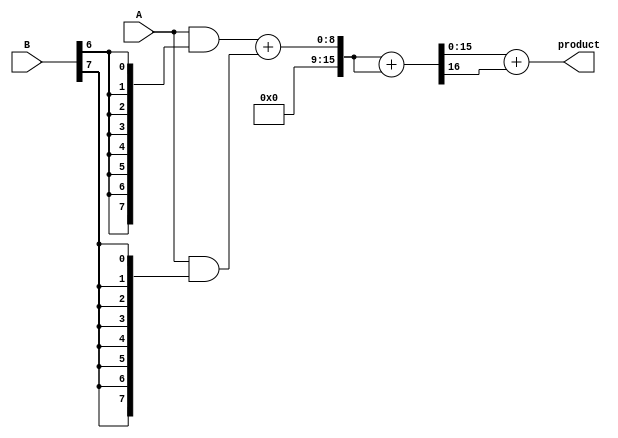
module wallace_tree_multiplier #(parameter N = 8) (
    input [N-1:0] A,
    input [N-1:0] B,
    output [2*N-1:0] product
);

    wire [N-1:0] pp[N-1:0]; // Partial products
    wire [2*N-1:0] sum[N-1:0]; // To hold sums at each stage
    wire [2*N-1:0] carry[N-1:0]; // To hold carries at each stage

    // Generate Partial Products
    genvar i, j;
    generate
        for (i = 0; i < N; i = i + 1) begin : pp_gen
            assign pp[i] = A & {N{B[i]}};
        end
    endgenerate

    // Reduction Stages
    // Stage 1: Grouping into sets of three and using adders
    generate
        for (i = 0; i < N; i = i + 1) begin : reduction_stage1
            if (i % 3 == 0) begin
                // Use half adders and full adders to reduce
                if (i + 1 < N) begin
                    assign {carry[i], sum[i]} = pp[i] + pp[i + 1];
                end else begin
                    assign sum[i] = pp[i];
                    assign carry[i] = 0;
                end
                
                if (i + 2 < N) begin
                    assign {carry[i + 1], sum[i + 1]} = sum[i] + pp[i + 2];
                end else begin
                    assign sum[i + 1] = sum[i];
                    assign carry[i + 1] = 0;
                end
            end
        end
    endgenerate

    // Subsequent stages can follow similar logic, adjusting grouping as needed
    // For brevity, further stages are omitted in this example.
    
    // Final addition of the last two rows (the remaining partial products)
    wire [2*N-1:0] final_sum;
    wire [2*N-1:0] final_carry;

    assign {final_carry, final_sum} = sum[N-2] + sum[N-1];

    // Output the final product
    assign product = final_sum + final_carry;

endmodule